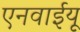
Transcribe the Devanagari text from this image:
एनवाईयू